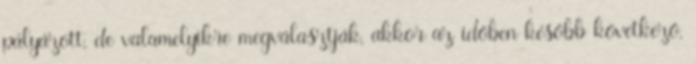
pályázott, de valamelyikre megválasztják, akkor az időben később következő,